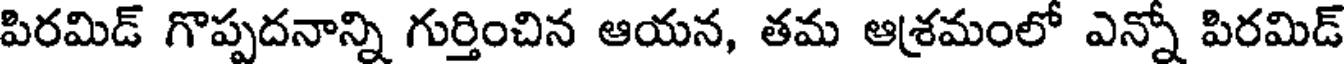
పిరమిడ్ గొప్పదనాన్ని గుర్తించిన ఆయన, తమ ఆశ్రమంలో ఎన్నో పిరమిడ్